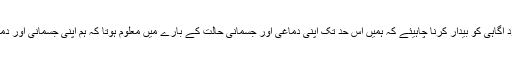
لوگوں کو جسمانی اور دماغی حالت کے بارے میں خود آگاہی کو بیدار کرنا چاہیئے کہ ہمیں اس حد تک اپنی دماغی اور جسمانی حالت کے بارے میں معلوم ہوتا کہ ہم اپنی جسمانی اور دماغی حالت میں کسی بھی تبدیلی کو محسوس کر سکیں ۔